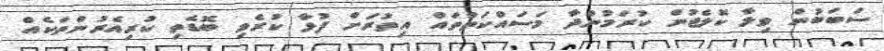
ސަބަބުން ވިލާ ކޮލެޖުން ކުރަމުންދާ މަސައްކަތްތައް އިތުރަށް ފުޅާ ކުރެވި ބޮޑެތި ކުރިއެރުންތަކެއް